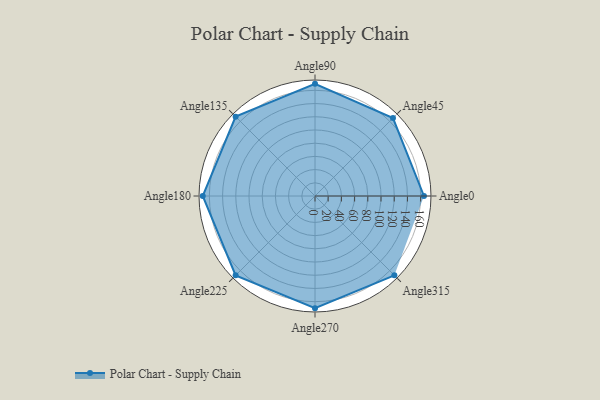
{"axis": {"x": "Angle", "y": "Radius"}, "legend": [""], "data": [{"x": "Angle0", "y": 165.0, "type": ""}, {"x": "Angle45", "y": 167.0, "type": ""}, {"x": "Angle90", "y": 170, "type": ""}, {"x": "Angle135", "y": 170, "type": ""}, {"x": "Angle180", "y": 170, "type": ""}, {"x": "Angle225", "y": 170, "type": ""}, {"x": "Angle270", "y": 170, "type": ""}, {"x": "Angle315", "y": 170, "type": ""}]}